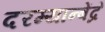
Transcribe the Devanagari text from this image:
दरम्यान्बेंद्रे